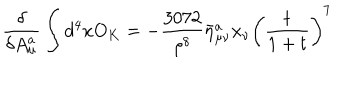
\frac { \delta } { \delta A _ { \mu } ^ { a } } \int d ^ { 4 } x O _ { K } = - \frac { 3 0 7 2 } { \rho ^ { 8 } } \bar { \eta } _ { \mu \nu } ^ { a } x _ { \nu } \left( \frac { t } { 1 + t } \right) ^ { 7 }